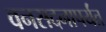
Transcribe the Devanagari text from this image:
वनसदनापर्यंत